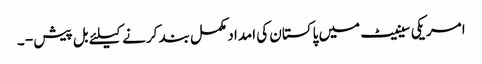
امریکی سینیٹ میں پاکستان کی امداد مکمل بند کرنے کیلئے بل پیش - ۔